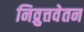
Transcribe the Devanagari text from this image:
निव्रुत्तवेतन